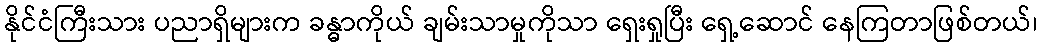
နိုင်ငံကြီးသား ပညာရှိများက ခန္ဓာကိုယ် ချမ်းသာမှုကိုသာ ရှေးရှုပြီး ရှေ့ဆောင် နေကြတာဖြစ်တယ်၊